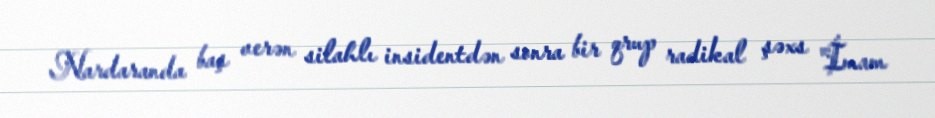
Nardaranda baş verən silahlı insidentdən sonra bir qrup radikal şəxs "İmam